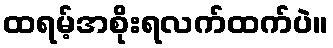
ထရမ့်အစိုးရလက်ထက်ပဲ။